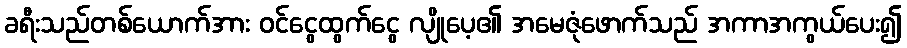
ခရီးသည်တစ်ယောက်အား ဝင်ငွေထွက်ငွေ လျိုပေ့၏ အမေဇုံဖောက်သည် အကာအကွယ်ပေး၍